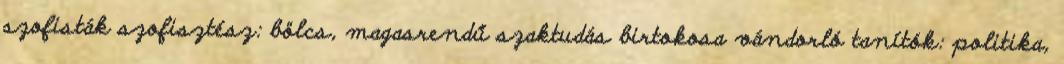
szofisták szofisztész: bölcs, magasrendű szaktudás birtokosa vándorló tanítók: politika,